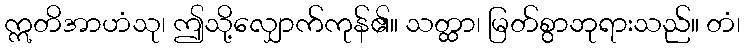
ဣတိအာဟံသု၊ ဤသို့လျှောက်ကုန်၏။ သတ္ထာ၊ မြတ်စွာဘုရားသည်။ တံ၊